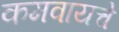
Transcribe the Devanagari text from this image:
कमवायचे